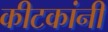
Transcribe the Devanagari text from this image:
कीटकांनी